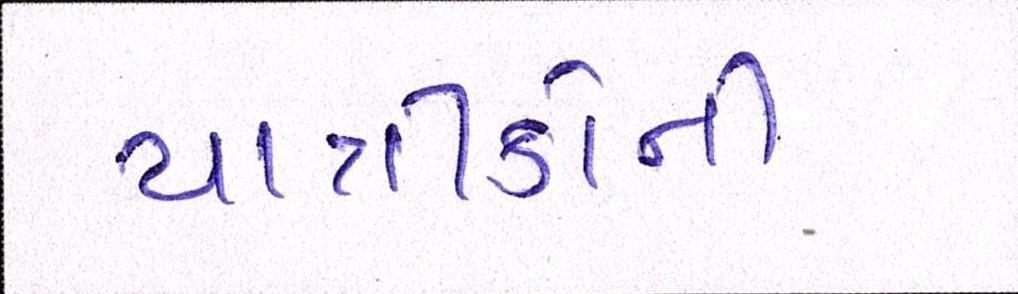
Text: યાત્રીકોની